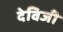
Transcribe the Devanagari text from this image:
देविजी